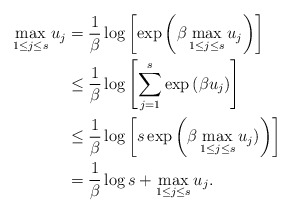
\begin{align*}\max_{1 \leq j \leq s} u_j &= \frac{1}{\beta} \log \left[\exp \left(\beta \max_{1 \leq j \leq s}u_j\right) \right] \\& \leq \frac{1}{\beta} \log \left[\sum_{j=1}^s\exp\left(\beta u_j\right) \right] \\& \leq \frac{1}{\beta} \log \left[s \exp\left(\beta \max_{1 \leq j \leq s}u_j)\right)\right] \\& = \frac{1}{\beta} \log s + \max_{1 \leq j \leq s} u_j.\end{align*}